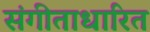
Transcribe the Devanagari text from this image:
संगीताधारित